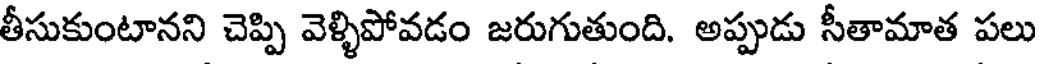
తీసుకుంటానని చెప్పి వెళ్ళిపోవడం జరుగుతుంది. అప్పుడు సీతామాత పలు